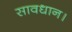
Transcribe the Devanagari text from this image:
सावधान।